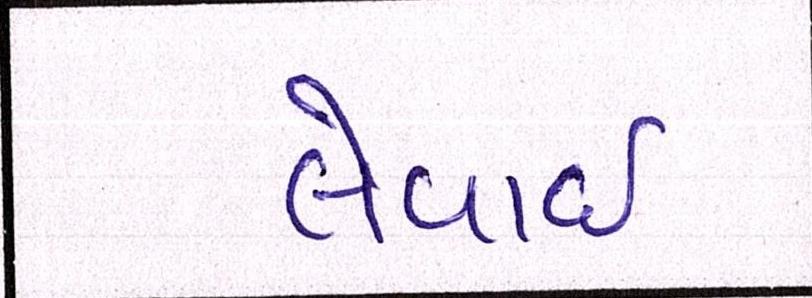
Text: લેવાઇ